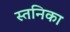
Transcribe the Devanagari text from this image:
स्तनिका